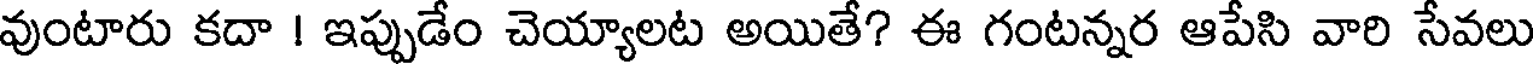
వుంటారు కదా ! ఇప్పుడేం చెయ్యాలట అయితే? ఈ గంటన్నర ఆపేసి వారి సేవలు